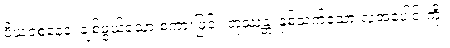
ပိယဝစနေန၊ ချစ်ဖွယ်သော စကားဖြင့်။ တုဿန္တံ၊ နှစ်သက်သော လူအပေါင်းကို။